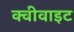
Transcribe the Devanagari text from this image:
क्वीवाइट